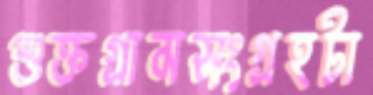
শুক্তগ্রামসংগ্রহটা